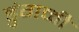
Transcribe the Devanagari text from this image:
डुंगळी